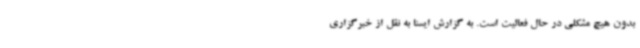
بدون هیچ مشکلی در حال فعالیت است. به گزارش ایسنا به نقل از خبرگزاری